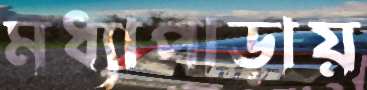
মধ্যাপাড়ায়